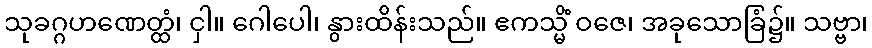
သုခဂ္ဂဟဏေတ္ထံ၊ ငှါ။ ဂေါပေါ၊ နွားထိန်းသည်။ ဧကသ္မိံ ဝဇေ၊ အခုသောခြံ၌။ သဗ္ဗာ၊